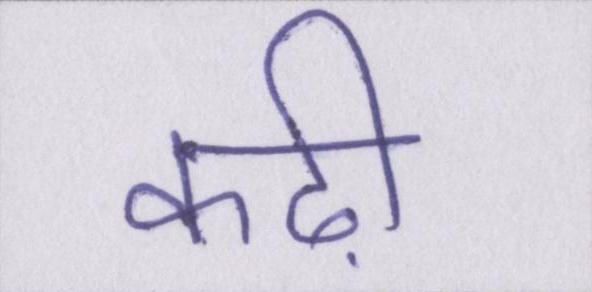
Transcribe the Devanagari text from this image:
कढ़ी